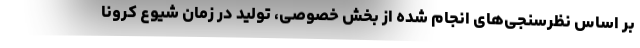
بر اساس نظرسنجی‌های انجام شده از بخش خصوصی، تولید در زمان شیوع کرونا